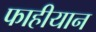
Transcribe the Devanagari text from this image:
फाहीयान